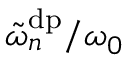
\tilde { \omega } _ { n } ^ { \mathrm { d p } } / \omega _ { 0 }